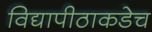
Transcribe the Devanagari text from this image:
विद्यापीठाकडेच